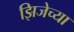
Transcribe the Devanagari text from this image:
झिजेच्या